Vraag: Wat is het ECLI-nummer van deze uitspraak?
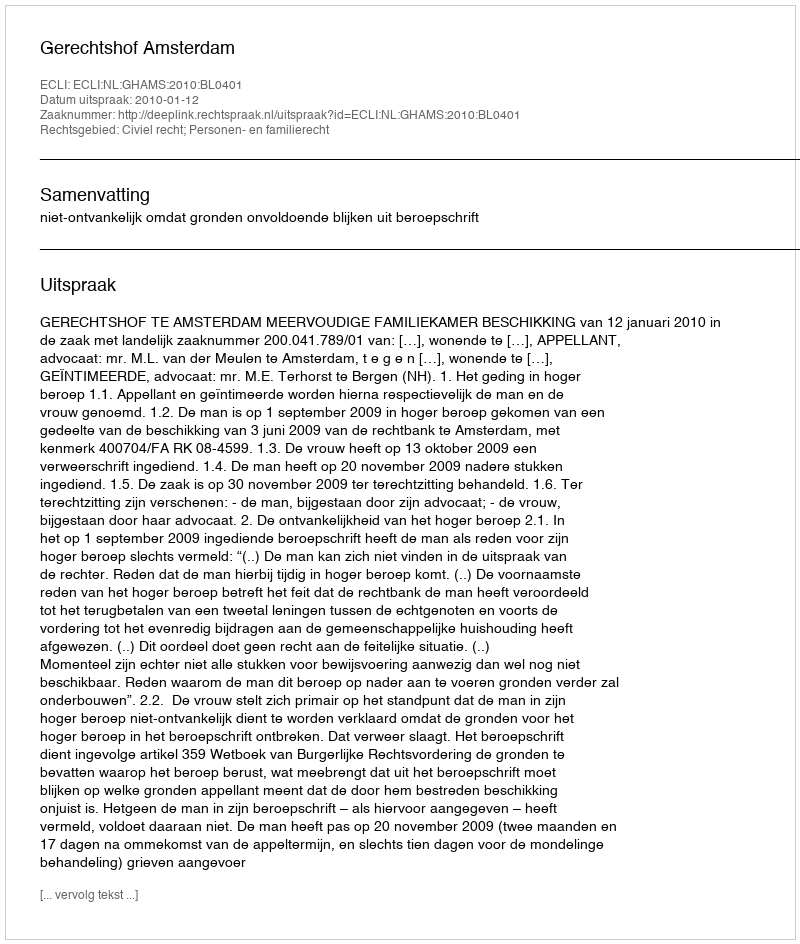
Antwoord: ECLI:NL:GHAMS:2010:BL0401